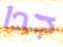
جدا